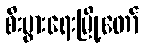
စီးပွားရေးမြို့တော်